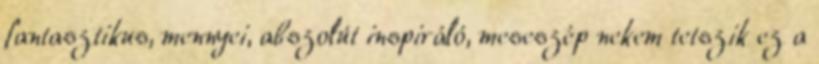
fantasztikus, mennyei, abszolút inspiráló, meseszép nekem tetszik ez a